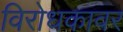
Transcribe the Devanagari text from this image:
विरोधकावर